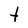
Character: t